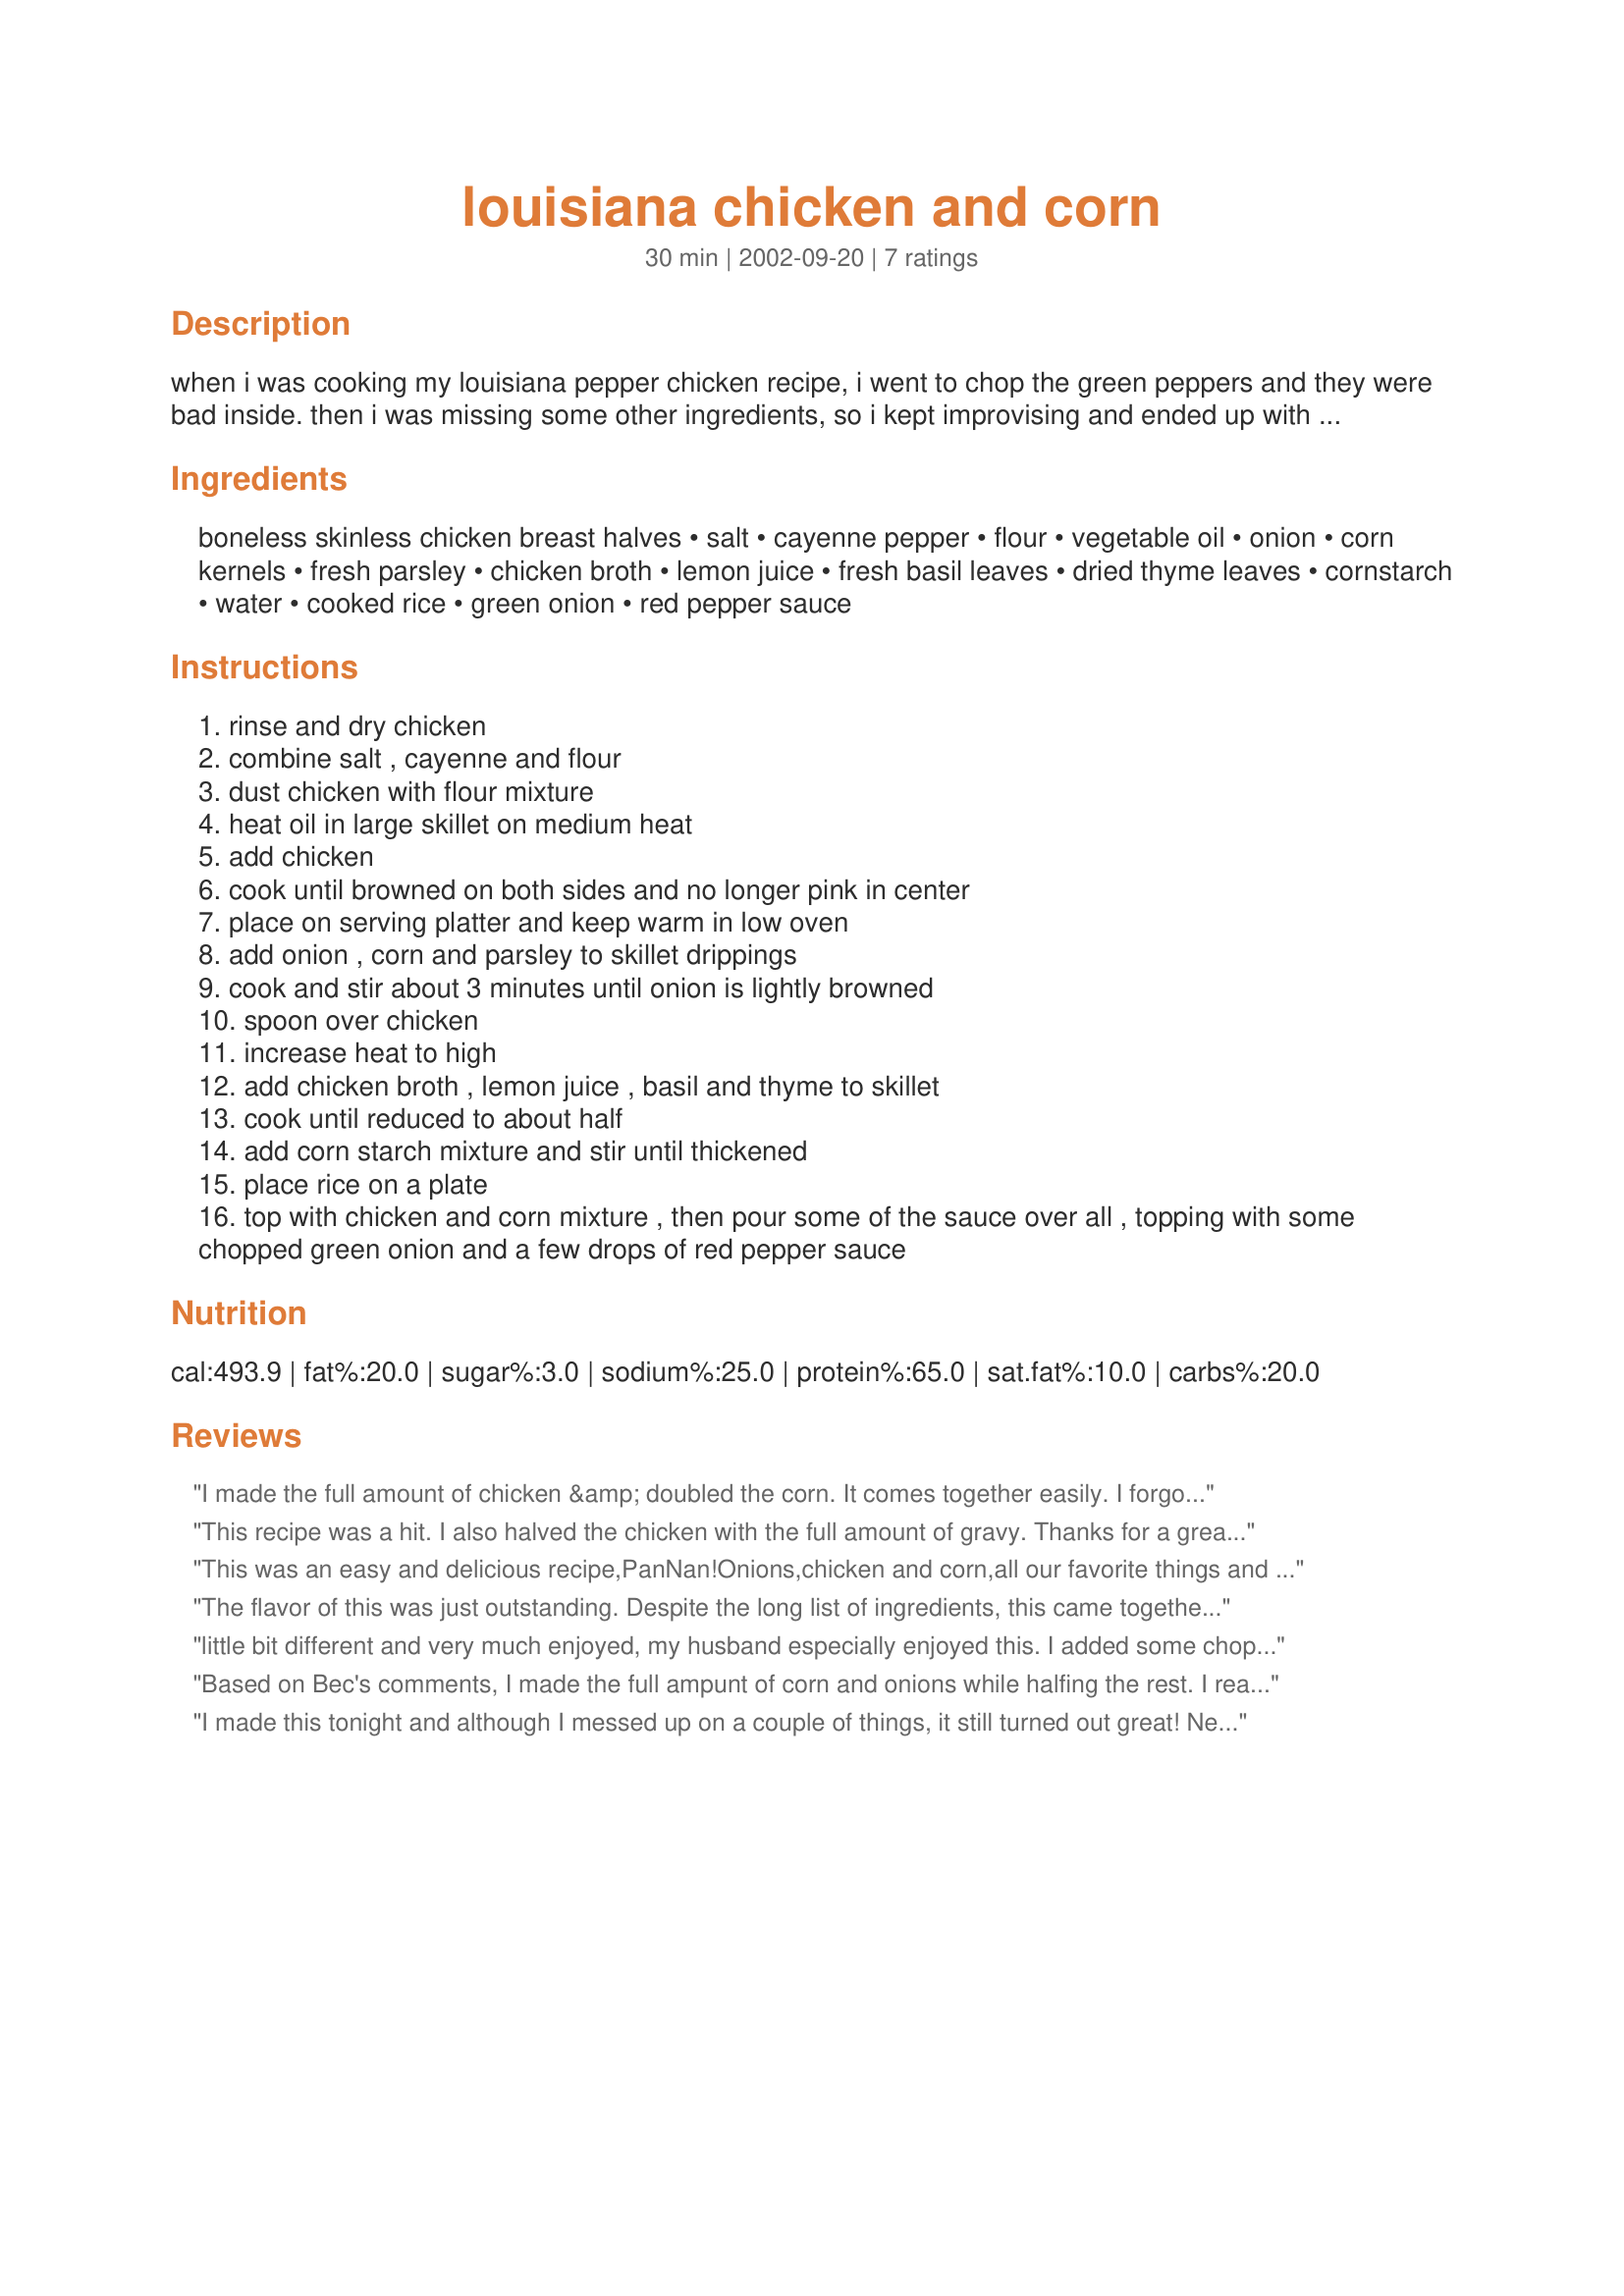
louisiana chicken and corn
Preparation time: 30 minutes

when i was cooking my louisiana pepper chicken recipe, i went to chop the green peppers and they were bad inside. then i was missing some other ingredients, so i kept improvising and ended up with this instead. dh absolutely loved it and asked me to write down what i did so i could make it again.

Ingredients:
boneless skinless chicken breast halves, salt, cayenne pepper, flour, vegetable oil, onion, corn kernels, fresh parsley, chicken broth, lemon juice, fresh basil leaves, dried thyme leaves, cornstarch, water, cooked rice, green onion, red pepper sauce

Steps:
rinse and dry chicken
combine salt , cayenne and flour
dust chicken with flour mixture
heat oil in large skillet on medium heat
add chicken
cook until browned on both sides and no longer pink in center
place on serving platter and keep warm in low oven
add onion , corn and parsley to skillet drippings
cook and stir about 3 minutes until onion is lightly browned
spoon over chicken
increase heat to high
add chicken broth , lemon juice , basil and thyme to skillet
cook until reduced to about half
add corn starch mixture and stir until thickened
place rice on a plate
top with chicken and corn mixture , then pour some of the sauce over all , topping with some chopped green onion and a few drops of red pepper sauce

Reviews:
I made the full amount of chicken &amp; doubled the corn. It comes together easily. I forgot the hot sauce at the end - it really needed the zip. Everyone loved it! Made for ZWT9, Mike &amp; the Appliance Killers.
This recipe was a hit. I also halved the chicken with the full amount of gravy. Thanks for a great recipe!
This was an easy and delicious recipe,PanNan!Onions,chicken and corn,all our favorite things and served over rice.....we were in heaven!I used 2 cans of corn and didnt change anything else.The lemon juice was a nice touch!Thanks for a great recipe!
The flavor of this was just outstanding. Despite the long list of ingredients, this came together quickly and easily. I pounded the breasts flat before cooking for more even cooking. DH and I both loved the "corn gravy".
little bit different and very much enjoyed, my husband especially enjoyed this. I added some chopped celery since he has recently decided it is his favourite veggie addition. Good dish, thank you, enjoyed for Susies World Tour
Based on Bec's comments, I made the full ampunt of corn and onions while halfing the rest. I really enjoyed the chicken and relish together - a great spicy sweet combination. The sauce was good as well but didn't quite have the same punch as the other elements of the dish. On vacation shortly, I decided to use up some potatoes in a rustic mash instead of rice. Thanks PanNan.
I made this tonight and although I messed up on a couple of things, it still turned out great! Next time, I am going to make a lot more of the corn onion mixture because it was so good! Normally I don't like onions like that, but I did this time! I must admit, I didn't try it with the rice and sauce, everyone else did, but the chicken and the corn was so good! I am definately going to make this again! Thank you!

Bec
